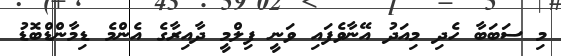
މި ސަބަބާ ހެދި މިއަދު އޭނާވެފައި ވަނީ ފިލްމީ ދާއިރާގެ އެންމެ ޑިމާންޑްބޮޑު